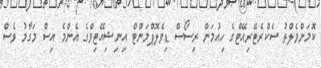
ކޮމަންވެލްތު ސެކްރެޓޭރިއޭޓްގެ ހިއުމަން ރިސޯސް ޑިވެލޮޕްމަންޓް އިނިޝިއޭޓިވްގެ އެންމެ އިސް މަގާމު ވެސް